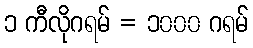
၁ ကီလိုဂရမ် = ၁၀၀၀ ဂရမ်